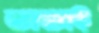
ভাবাই